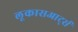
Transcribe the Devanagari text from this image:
लूकासआर्ट्स